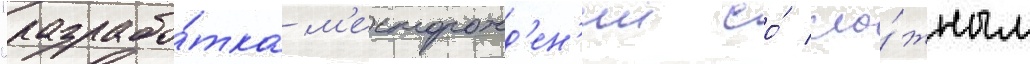
"разрабо́тка м'есторожд'ен'ии со́ сло́жным